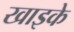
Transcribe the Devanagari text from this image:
खाइके